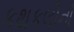
કથકલીનો